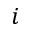
i